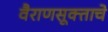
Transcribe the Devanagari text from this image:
वैराणसूक्ताचे